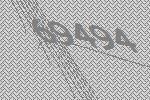
69494